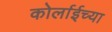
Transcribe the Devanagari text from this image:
कोर्लाईच्या